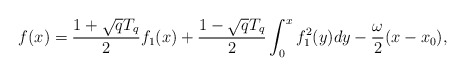
\begin{align*}f(x)={1+\sqrt{q}T_q\over 2}f_1(x)+{1-\sqrt{q}T_q\over 2}\int_0^x f_1^2(y)dy -{\omega\over 2}(x-x_0),\end{align*}